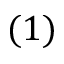
( 1 )